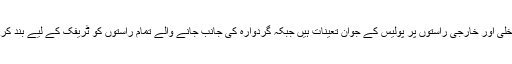
شہر کے داخلی اور خارجی راستوں پر پولیس کے جوان تعینات ہیں جبکہ گردوارہ کی جانب جانے والے تمام راستوں کو ٹریفک کے لیے بند کر دیا گیا ہے۔